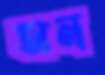
অন